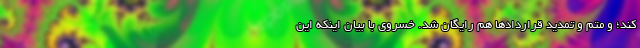
کند؛ و متم و تمدید قرارداد‌ها هم رایگان شد. خسروی با بیان اینکه این